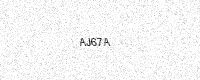
Text: AJ67A